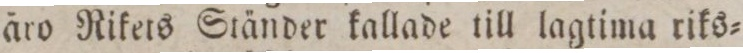
äro Rikers Ständer kallade till lagtima riks=